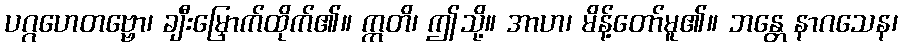
ပဂ္ဂဟေတဗ္ဗော၊ ချီးမြှောက်ထိုက်၏။ ဣတိ၊ ဤသို့။ အာဟ၊ မိန့်တော်မူ၏။ ဘန္တေ နာဂသေန၊